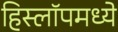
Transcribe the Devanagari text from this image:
हिस्लॉपमध्ये